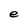
Character: e